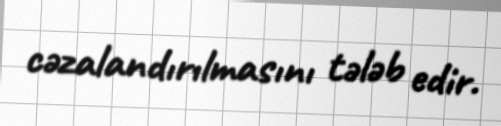
cəzalandırılmasını tələb edir.